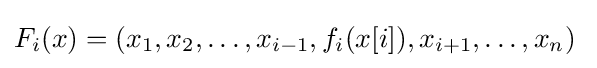
F_{i}(x)=(x_{1},x_{2},\ldots ,x_{i-1},f_{i}(x[i]),x_{i+1},\ldots ,x_{n})\;